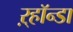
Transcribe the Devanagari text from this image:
ऱ्हॉन्डा